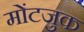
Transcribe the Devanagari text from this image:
मोंटजुक